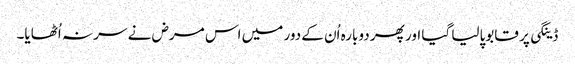
ڈینگی پر قابوپالیا گیا اور پھر دوبارہ اُن کے دور میں اس مرض نے سر نہ اُٹھایا۔